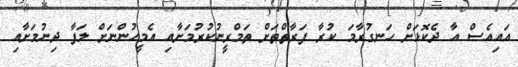
އައިއެސް އާ ދެކޮޅަށް ހަނގުރާމަ ކުރާ ފަރާތްތަށް ތަމްރީނުކުރުމަށާއި އެމީހުންނަށް ލަފާ ދިނުމަށާއި